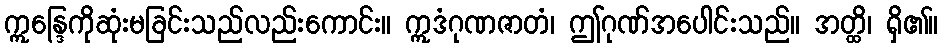
ဣန္ဒြေကိုဆုံးမခြင်းသည်လည်းကောင်း။ ဣဒံဂုဏဇာတံ၊ ဤဂုဏ်အပေါင်းသည်။ အတ္ထိ၊ ရှိ၏။